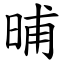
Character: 晡